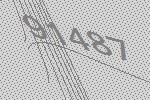
91487